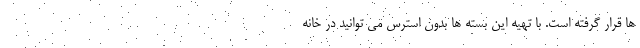
ها قرار گرفته است. با تهیه این بسته ها بدون استرس می توانید در خانه